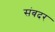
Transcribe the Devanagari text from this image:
संबदर